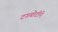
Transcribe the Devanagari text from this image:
टगबोटीने